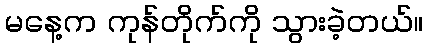
မနေ့က ကုန်တိုက်ကို သွားခဲ့တယ်။